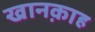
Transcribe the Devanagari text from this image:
खानक़ाह